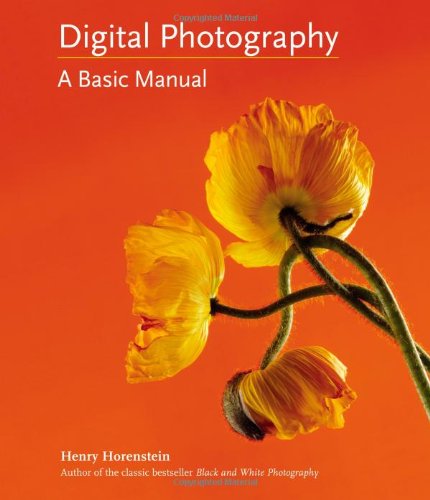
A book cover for Digital Photography: A Basic Manual; Henry Horenstein; Arts & Photography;